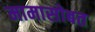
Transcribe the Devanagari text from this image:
मामासोबत